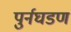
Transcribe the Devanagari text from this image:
पुर्नघडण